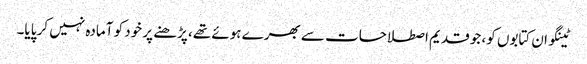
ٹینگو ان کتابوں کو، جو قدیم اصطلاحات سے بھرے ہوئے تھے، پڑھنے پر خود کو آمادہ نہیں کر پایا۔